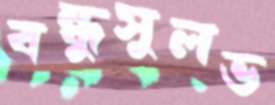
বন্ধুসুলভ